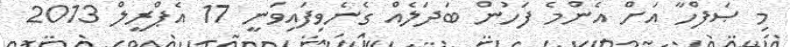
މި ޞަފްހާ އަށް އެންމެ ފަހުން ބަދަލެއް ގެނެވިފައިވަނީ 17 އެޕްރީލް 2013